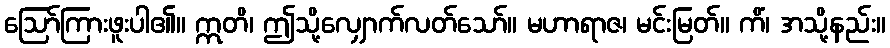
ဩော်ကြားဖူးပါ၏။ ဣတိ၊ ဤသို့လျှောက်လတ်သော်။ မဟာရာဇ၊ မင်းမြတ်။ ကိံ၊ အသို့နည်း။